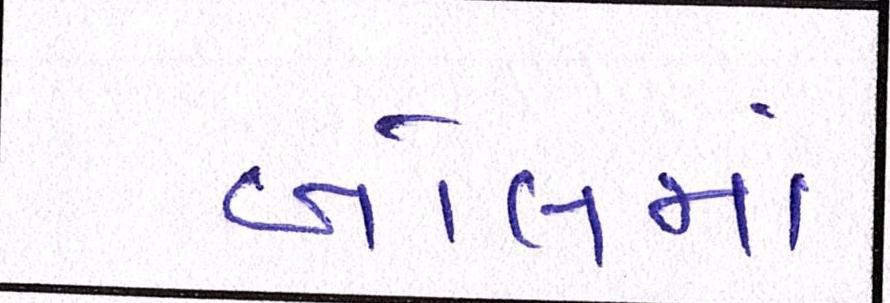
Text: બોલમાં